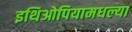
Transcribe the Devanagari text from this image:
इथिओपियामधल्या